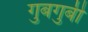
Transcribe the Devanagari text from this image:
गुबगुबी